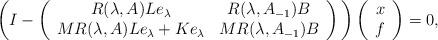
LaTeX: \begin{align*} \bigg(I-\left( \begin{array}{cc} R(\lambda,A)L e_\lambda & R(\lambda,A_{-1})B \\ MR(\lambda,A)L e_\lambda+Ke_\lambda & MR(\lambda,A_{-1})B\\ \end{array} \right)\bigg) \left( \begin{array}{c} x \\ f \\ \end{array} \right)=0,\end{align*}